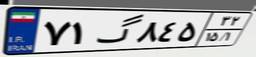
۲۱گ۱۹۸۳۶